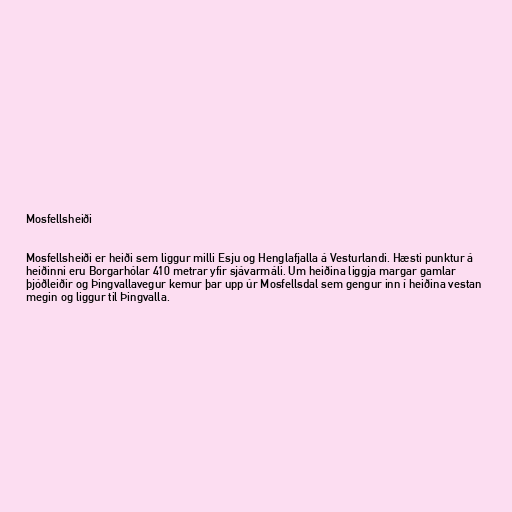
Mosfellsheiði

Mosfellsheiði er heiði sem liggur milli Esju og Henglafjalla á Vesturlandi. Hæsti punktur á
heiðinni eru Borgarhólar 410 metrar yfir sjávarmáli. Um heiðina liggja margar gamlar
þjóðleiðir og Þingvallavegur kemur þar upp úr Mosfellsdal sem gengur inn í heiðina vestan
megin og liggur til Þingvalla.